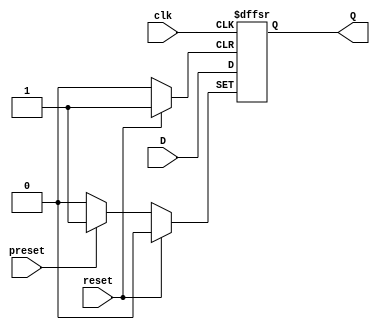
module async_preset_d_ff (
  input wire D,  // Data input
  input wire clk, // Clock input
  input wire preset, // Asynchronous preset input
  input wire reset, // Asynchronous reset input
  output reg Q // Output
);

  // D flip-flop with asynchronous preset
  always @(posedge clk or posedge preset or posedge reset) begin
    if (preset)
      Q <= 1'b1; // Set output to '1' asynchronously when preset is active
    else if (reset)
      Q <= 1'b0; // Set output to '0' asynchronously when reset is active
    else
      Q <= D; // Capture the value at the D input on the rising edge of the clock signal
  end

endmodule